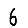
Digit: 6